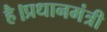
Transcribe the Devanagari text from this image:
है।प्रधानमंत्री